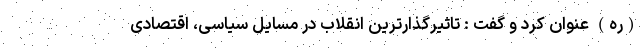
(ره) عنوان کرد و گفت : تاثیرگذارترین انقلاب در مسایل سیاسی، اقتصادی